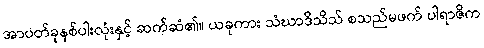
အာပတ်ခုနစ်ပါးလုံးနှင့် ဆက်ဆံ၏။ ယခုကား သံဃာဒိသိသ် စသည်မဖက် ပါရာဇိက